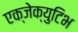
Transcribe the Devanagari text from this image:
एक्जेक्युटिभ